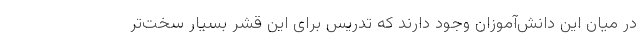
در میان این دانش‌آموزان وجود دارند که تدریس برای این قشر بسیار سخت‌تر